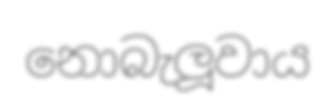
නොබැලූවාය